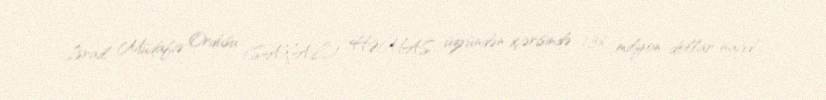
İsrail Müdafiə Ordusu (SAXAL) HƏMAS üzvündən içərisində 1,36 milyon dollar nağd